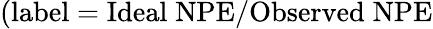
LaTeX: \mathrm{(label=Ideal\; NPE/Observed\; NPE}